Civil Veterinary Department. Madras. Admin. report 1910-25 - 1910-1925
Year: 1910
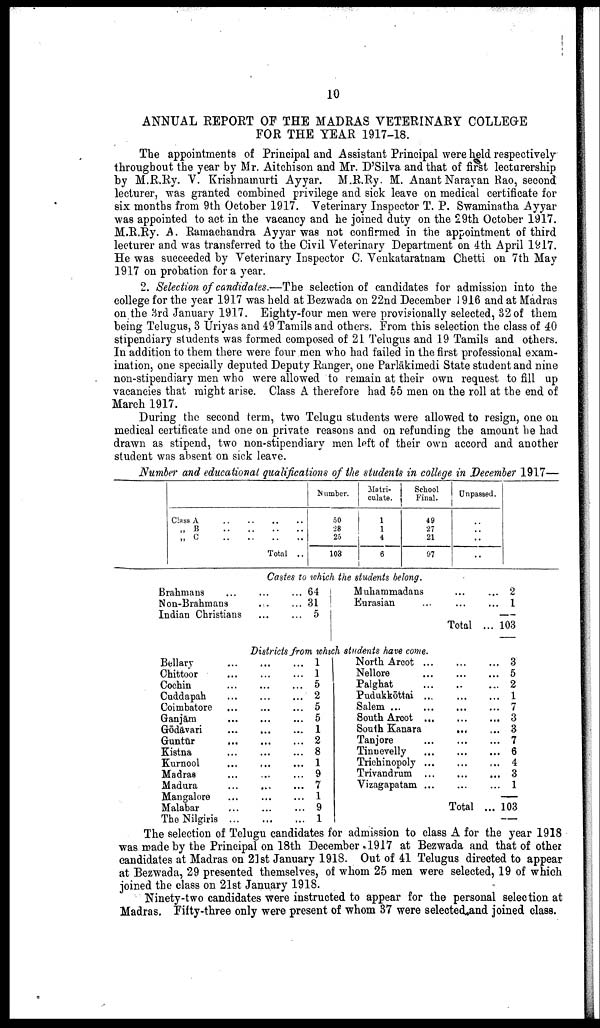
10
ANNUAL REPORT OF THE MADRAS VETERINARY COLLEGE
FOR THE YEAR 1917-18.
The appointments of Principal and Assistant Principal were held respectively
throughout the year by Mr. Aitchison and Mr. D'Silva and that of first lecturership
by M.R.Ry. V. Krishnamurti Ayyar. M.R.Ry. M. Anant Narayan Rao, second
lecturer, was granted combined privilege and sick leave on medical certificate for
six months from 9th October 1917. Veterinary Inspector T. P. Swaminatha Ayyar
was appointed to act in the vacancy and he joined duty on the 29th October 1917.
M.R.Ry. A. Ramachandra Ayyar was not confirmed in the appointment of third
lecturer and was transferred to the Civil Veterinary Department on 4th April 1917.
He was succeeded by Veterinary Inspector C. Venkataratnam Chetti on 7th May
1917 on probation for a year.
2. Selection of candidates.—The selection of candidates for admission into the
college for the year 1917 was held at Bezwada on 22nd December J 916 and at Madras
on the 3rd January 1917. Eighty-four men were provisionally selected, 32 of them
being Telugu6, 3 Uriyas and 49 Tamils and others. From this selection the class of 40
stipendiary students was formed composed of 21 Telugus and 19 Tamils and others.
In addition to them there were four men who had failed in the first professional exam
ination, one specially deputed Deputy Ranger, one Parlākimedi State student and nine
non-stipendiary men who were allowed to remain at their own request to fill up
vacancies that might arise. Class A therefore had 65 men on the roll at the end of
March 1917.
During the second term, two Telugu students were allowed to resign, one on
medical certificate and one on private reasons and on refunding the amount he had
drawn as stipend, two non-stipendiary men left of their own accord and another
student was absent on sick leave.
Number and educational qualifications of the students in college in December 1917—
Class A ..
„ B ..
„ C ..
.. .. ..
.. .. ..
.. .. ..
Total ..
Number.
50
28
25
103
Matri
culate.
1
1
4
6
School
Final.
49
27
21
97
Unpassed.
..
..
..
..
Brahmans ...
Non-Brahmans
Indian Christians
Bellary ...
Chittoor ...
Cochin ...
Cuddapah ...
Coimbatore ...
Ganjām ...
Gōdāvari ...
Guntūr
...
Kistna ...
Kurnool ...
Madras ...
Madura ...
Man galore ...
Malabar ...
The Nilgiris ...
Castes to which the students belong.
... ... 64
... ... 31
...
...
5
Muhammadans
Eurasian
Districts from which students have come.
... ... 1
... ... 1
... ... 5
... ... 2
... ... 5
... ... 5
... ... 1
... ... 2
... ... 8
... ... 1
... ... 9
... ... 7
... ... 1
... ... 9
... ... 1
North Arcot ...
Nellore ...
Palghat ...
Pudukkōttai ...
Salem ...
South Arcot ...
South Kanara
Tanjore ...
Tinnevelly ...
Trichinopoly ...
Trivandrum ...
Vizagapatam ...
...
...
Total
...
...
...
...
...
...
...
...
...
...
...
...
Total
... 2
... 1
—
... 103
... 3
... 5
... 2
... 1
... 7
... 3
... 3
... 7
... 6
... 4
... 3
... 1
... 103
—
The selection of Telugu candidates for admission to class A for the year 1918
was made by the Principal on 18th December 1917 at Bezwada and that of other
candidates at Madras on 21st January 1918. Out of 41 Telugus directed to appear
at Bezwada, 29 presented themselves, of whom 25 men were selected, 19 of which
joined the class on 21st January 1918.
Ninety-two candidates were instructed to appear for the personal selection at
Madras. Fifty-three only were present of whom 37 were selected and joined class.